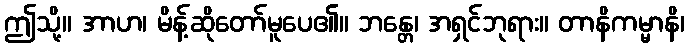
ဤသို့။ အာဟ၊ မိန့်ဆိုတော်မူပေ၏။ ဘန္တေ၊ အရှင်ဘုရား။ တာနိကမ္မာနိ၊